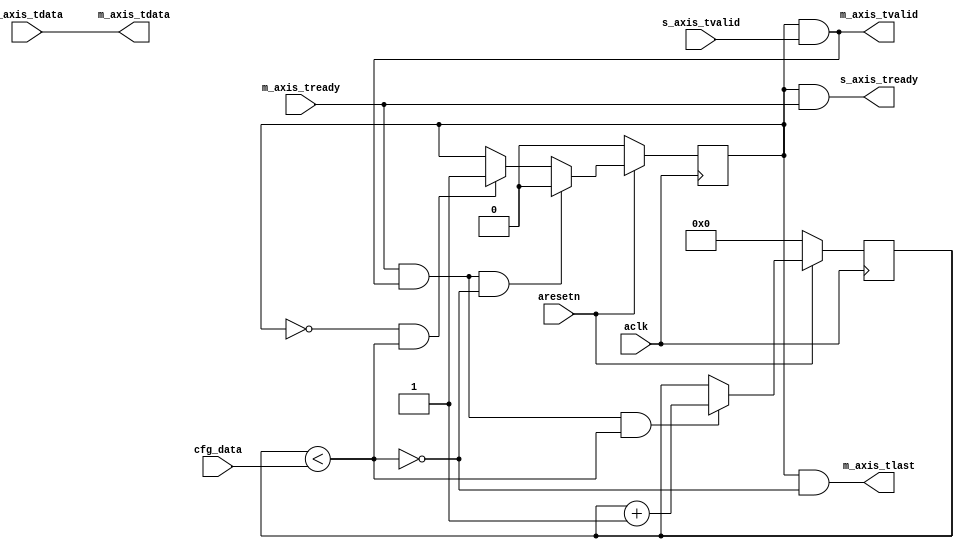
module axis_packetizer #
(
  parameter integer AXIS_TDATA_WIDTH = 32,
  parameter integer CNTR_WIDTH = 32,
  parameter         CONTINUOUS = "FALSE"
)
(
  // System signals
  input  wire                        aclk,
  input  wire                        aresetn,

  input  wire [CNTR_WIDTH-1:0]       cfg_data,

  // Slave side
  output wire                        s_axis_tready,
  input  wire [AXIS_TDATA_WIDTH-1:0] s_axis_tdata,
  input  wire                        s_axis_tvalid,

  // Master side
  input  wire                        m_axis_tready,
  output wire [AXIS_TDATA_WIDTH-1:0] m_axis_tdata,
  output wire                        m_axis_tvalid,
  output wire                        m_axis_tlast
);

  reg [CNTR_WIDTH-1:0] int_cntr_reg, int_cntr_next;
  reg int_enbl_reg, int_enbl_next;

  wire int_comp_wire, int_tvalid_wire, int_tlast_wire;

  always @(posedge aclk)
  begin
    if(~aresetn)
    begin
      int_cntr_reg <= {(CNTR_WIDTH){1'b0}};
      int_enbl_reg <= 1'b0;
    end
    else
    begin
      int_cntr_reg <= int_cntr_next;
      int_enbl_reg <= int_enbl_next;
    end
  end

  assign int_comp_wire = int_cntr_reg < cfg_data;
  assign int_tvalid_wire = int_enbl_reg & s_axis_tvalid;
  assign int_tlast_wire = ~int_comp_wire;

  generate
    if(CONTINUOUS == "TRUE")
    begin : CONTINUOUS
      always @*
      begin
        int_cntr_next = int_cntr_reg;
        int_enbl_next = int_enbl_reg;

        if(~int_enbl_reg & int_comp_wire)
        begin
          int_enbl_next = 1'b1;
        end

        if(m_axis_tready & int_tvalid_wire & int_comp_wire)
        begin
          int_cntr_next = int_cntr_reg + 1'b1;
        end

        if(m_axis_tready & int_tvalid_wire & int_tlast_wire)
        begin
          int_cntr_next = {(CNTR_WIDTH){1'b0}};
        end
      end
    end
    else
    begin : STOP
      always @*
      begin
        int_cntr_next = int_cntr_reg;
        int_enbl_next = int_enbl_reg;

        if(~int_enbl_reg & int_comp_wire)
        begin
          int_enbl_next = 1'b1;
        end

        if(m_axis_tready & int_tvalid_wire & int_comp_wire)
        begin
          int_cntr_next = int_cntr_reg + 1'b1;
        end

        if(m_axis_tready & int_tvalid_wire & int_tlast_wire)
        begin
          int_enbl_next = 1'b0;
        end
      end
    end
  endgenerate

  assign s_axis_tready = int_enbl_reg & m_axis_tready;
  assign m_axis_tdata = s_axis_tdata;
  assign m_axis_tvalid = int_tvalid_wire;
  assign m_axis_tlast = int_enbl_reg & int_tlast_wire;

endmodule